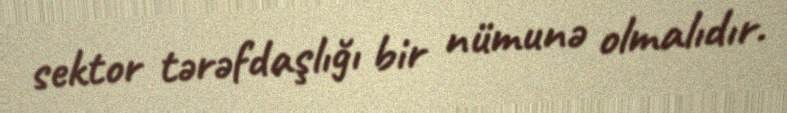
sektor tərəfdaşlığı bir nümunə olmalıdır.